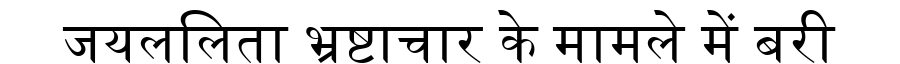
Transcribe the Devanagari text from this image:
जयललिता भ्रष्टाचार के मामले में बरी